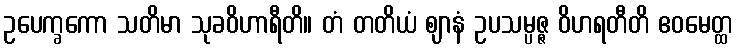
ဥပေက္ခကော သတိမာ သုခဝိဟာရီတိ။ တံ တတိယံ ဈာနံ ဥပသမ္ပဇ္ဇ ဝိဟရတီတိ ဧဝမေတ္ထ